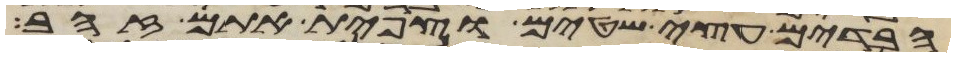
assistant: הבדים עצי שטים וצפית אתם זהב